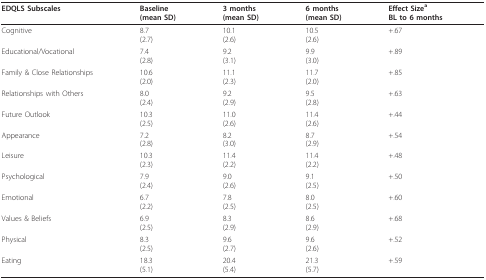
<table><thead><tr><td><b>EDQLS Subscales</b></td><td><b>Baseline(mean SD)</b></td><td><b>3 months(mean SD)</b></td><td><b>6 months(mean SD)</b></td><td><b>Effect Size<sup>a </sup>BL to 6 months</b></td></tr></thead><tbody><tr><td>Cognitive</td><td>8.7(2.7)</td><td>10.1(2.6)</td><td>10.5(2.6)</td><td>+.67</td></tr><tr><td>Educational/Vocational</td><td>7.4(2.8)</td><td>9.2(3.1)</td><td>9.9(3.0)</td><td>+.89</td></tr><tr><td>Family &amp; Close Relationships</td><td>10.6(2.0)</td><td>11.1(2.3)</td><td>11.7(2.0)</td><td>+.85</td></tr><tr><td>Relationships with Others</td><td>8.0(2.4)</td><td>9.2(2.9)</td><td>9.5(2.8)</td><td>+.63</td></tr><tr><td>Future Outlook</td><td>10.3(2.5)</td><td>11.0(2.6)</td><td>11.4(2.6)</td><td>+.44</td></tr><tr><td>Appearance</td><td>7.2(2.8)</td><td>8.2(3.0)</td><td>8.7(2.9)</td><td>+.54</td></tr><tr><td>Leisure</td><td>10.3(2.3)</td><td>11.4(2.2)</td><td>11.4(2.2)</td><td>+.48</td></tr><tr><td>Psychological</td><td>7.9(2.4)</td><td>9.0(2.6)</td><td>9.1(2.5)</td><td>+.50</td></tr><tr><td>Emotional</td><td>6.7(2.2)</td><td>7.8(2.5)</td><td>8.0(2.5)</td><td>+.60</td></tr><tr><td>Values &amp; Beliefs</td><td>6.9(2.5)</td><td>8.3(2.9)</td><td>8.6(2.9)</td><td>+.68</td></tr><tr><td>Physical</td><td>8.3(2.5)</td><td>9.6(2.7)</td><td>9.6(2.6)</td><td>+.52</td></tr><tr><td>Eating</td><td>18.3(5.1)</td><td>20.4(5.4)</td><td>21.3(5.7)</td><td>+.59</td></tr></tbody></table>